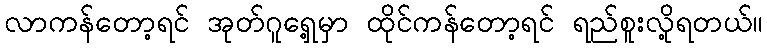
လာကန်တော့ရင် အုတ်ဂူရှေ့မှာ ထိုင်ကန်တော့ရင် ရည်စူးလို့ရတယ်။